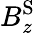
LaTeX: B_{z}^{\mathrm{S}}